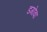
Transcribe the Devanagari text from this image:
डगोवा